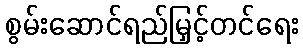
စွမ်းဆောင်ရည်မြှင့်တင်ရေး